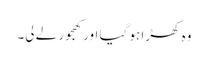
وہ کھڑا ہو گیا اور کھجور لے لی۔